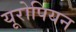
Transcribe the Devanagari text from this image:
यूरोपियन